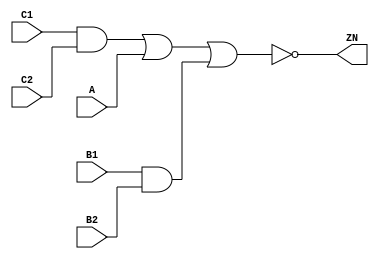
module AOI221_X2 (A, B1, B2, C1, C2, ZN);
  input A;
  input B1;
  input B2;
  input C1;
  input C2;
  output ZN;

  not(ZN, i_16);
  or(i_16, i_17, i_19);
  or(i_17, i_18, A);
  and(i_18, C1, C2);
  and(i_19, B1, B2);


endmodule